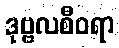
ဒုဗ္ဗလစီဝရာ